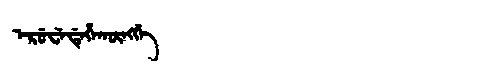
Manchu: ᡝᡵᡠᠸᡝᡩᡝᡥᠠᡴᡡᠩᡤᡝ
Romanization: ERUWEDEHAKŪNGGE